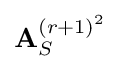
\mathbf {A} _{S}^{(r+1)^{2}}